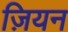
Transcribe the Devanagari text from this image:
ज़ियन